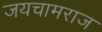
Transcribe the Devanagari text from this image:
जयचामराज